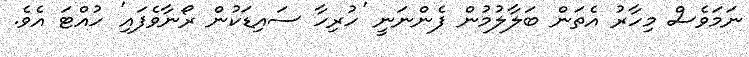
ނަމަވެސް މިހާރު އެތަން ބަލާލުމުން ފެންނަނީ 'ހުރިހާ ސައިޑަކުން ރޯނާވެފައި' ހުއްޓަ އެވެ.